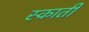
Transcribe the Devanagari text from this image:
स्काती